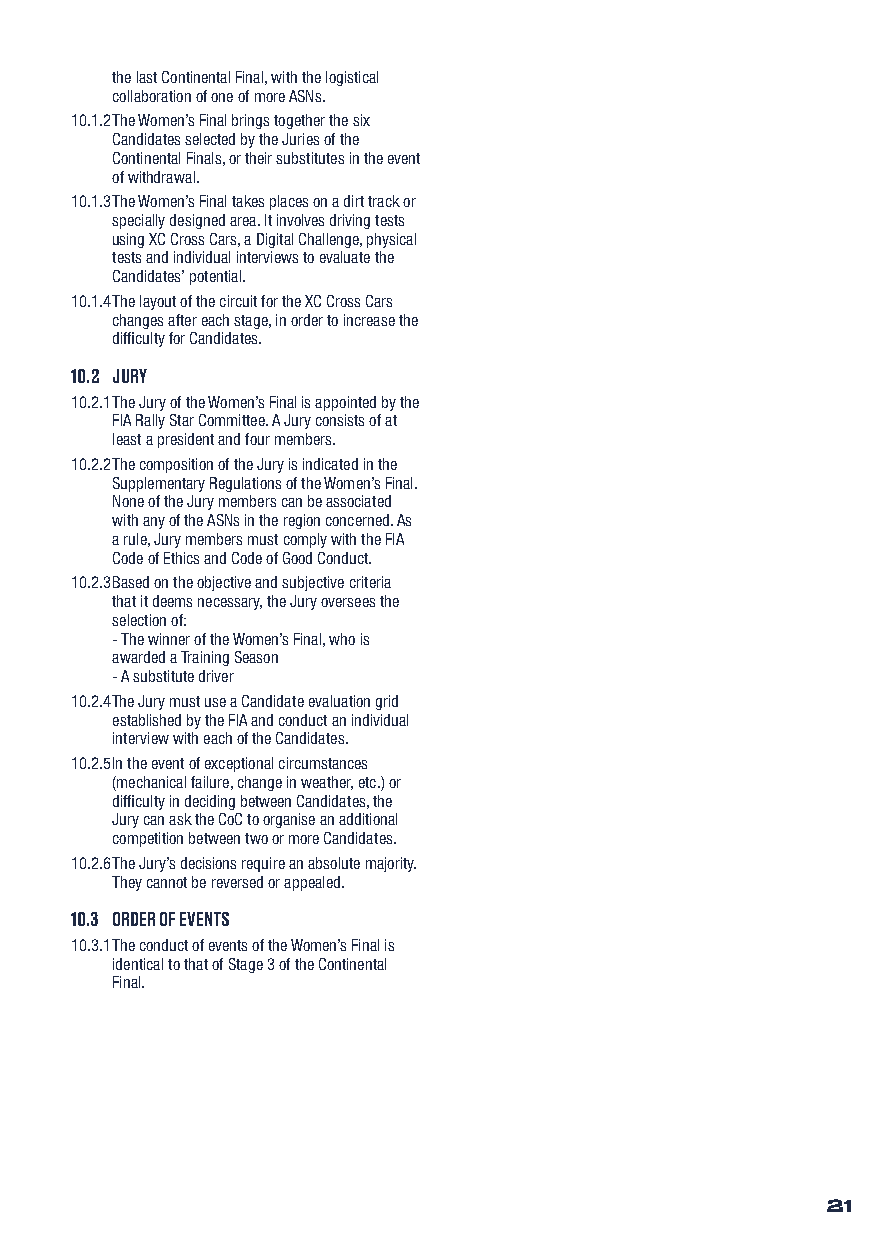
the last Continental Final, with the logistical
 collaboration of one of more ASNs.
 10.1.2 The Women’s Final brings together the six
 Candidates selected by the Juries of the
 Continental Finals, or their substitutes in the event
 of withdrawal.
 10.1.3 The Women’s Final takes places on a dirt track or
 specially designed area. It involves driving tests
 using XC Cross Cars, a Digital Challenge, physical
 tests and individual interviews to evaluate the
 Candidates’ potential.
 10.1.4 The layout of the circuit for the XC Cross Cars
 changes after each stage, in order to increase the
 difficulty for Candidates.
 10.2 JURY
 10.2.1 The Jury of the Women’s Final is appointed by the
 FIA Rally Star Committee. A Jury consists of at
 least a president and four members.
 10.2.2 The composition of the Jury is indicated in the
 Supplementary Regulations of the Women’s Final.
 None of the Jury members can be associated
 with any of the ASNs in the region concerned. As
 a rule, Jury members must comply with the FIA
 Code of Ethics and Code of Good Conduct.
 10.2.3 Based on the objective and subjective criteria
 that it deems necessary, the Jury oversees the
 selection of:
 - The winner of the Women’s Final, who is
 awarded a Training Season
 - A substitute driver
 10.2.4 The Jury must use a Candidate evaluation grid
 established by the FIA and conduct an individual
 interview with each of the Candidates.
 10.2.5 In the event of exceptional circumstances
 (mechanical failure, change in weather, etc.) or
 difficulty in deciding between Candidates, the
 Jury can ask the CoC to organise an additional
 competition between two or more Candidates.
 10.2.6 The Jury’s decisions require an absolute majority.
 They cannot be reversed or appealed.
 10.3 ORDER OF EVENTS
 10.3.1 The conduct of events of the Women’s Final is
 identical to that of Stage 3 of the Continental
 Final.
 21